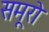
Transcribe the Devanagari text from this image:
समूरो